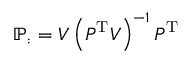
\mathbb { P } _ { : } = \b { V } \left( \b { P } ^ { \mathrm { T } } \b { V } \right) ^ { - 1 } \b { P } ^ { \mathrm { T } }